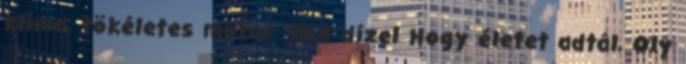
klíma, tökéletes motor 4X4 dízel Hogy életet adtál, Oly